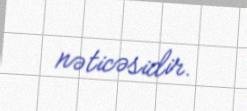
nəticəsidir.